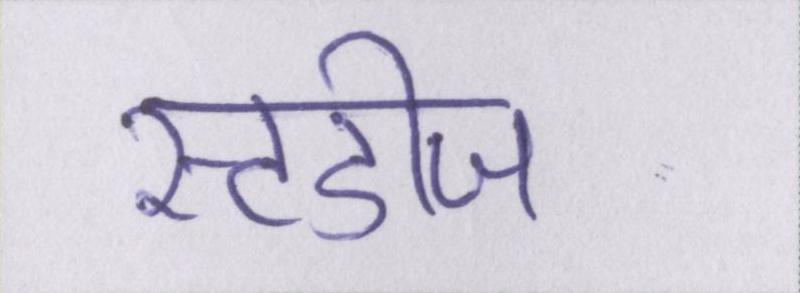
स्टडीज